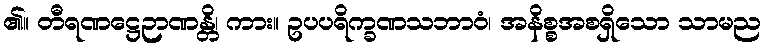
၏။ တီရဏဋ္ဌေဉာဏန္တိ၊ ကား။ ဥပပရိက္ခဏသဘာဝံ၊ အနိစ္စအစရှိသော သာမည